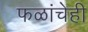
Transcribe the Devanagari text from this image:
फळांचेही